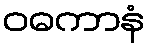
ဝဓကာနံ